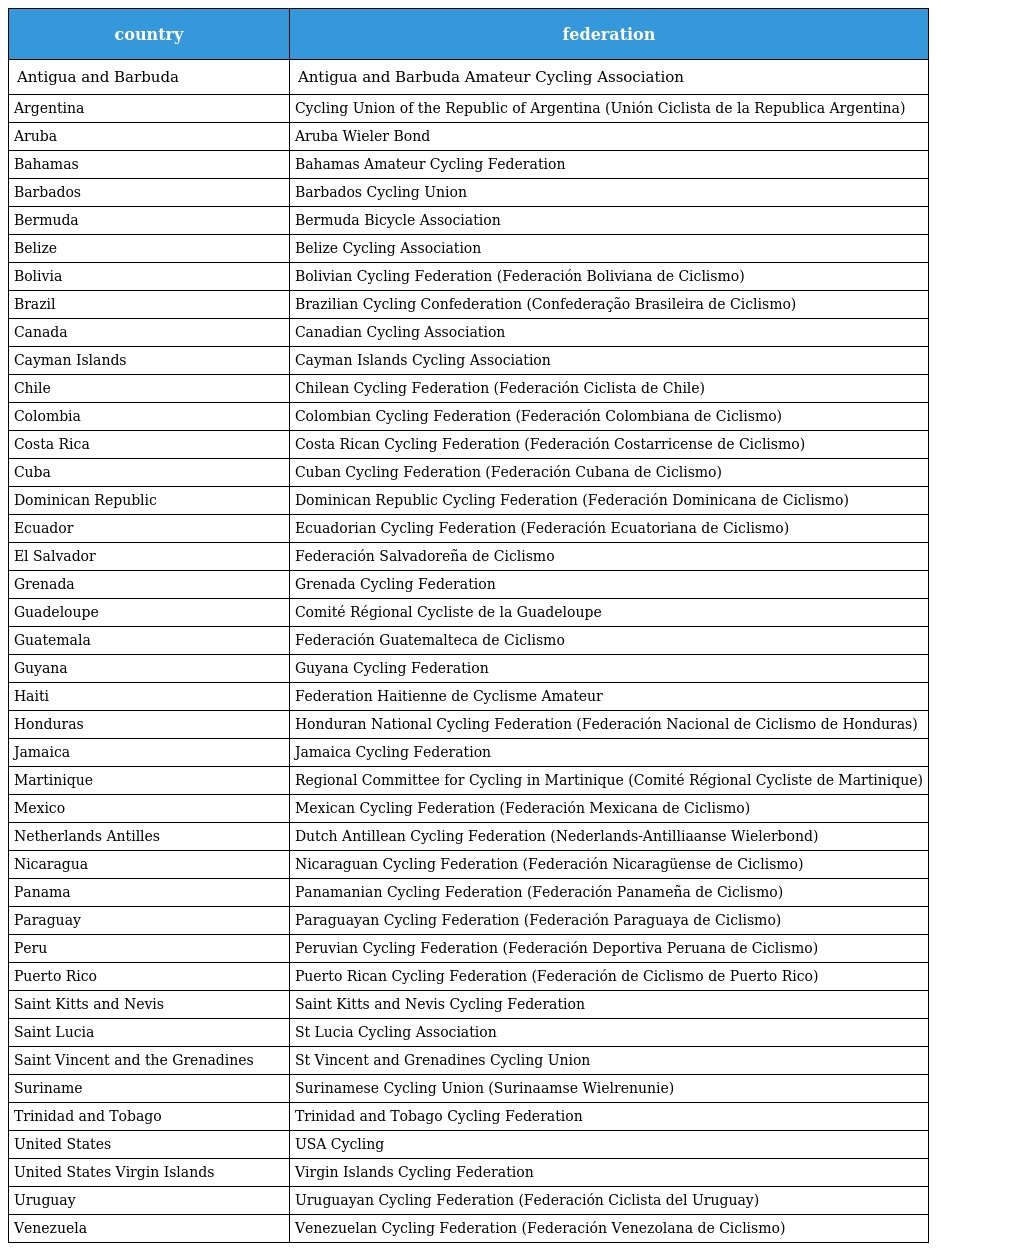
| country | federation |
 | --- | --- |
 | Antigua and Barbuda | Antigua and Barbuda Amateur Cycling Association |
 | Argentina | Cycling Union of the Republic of Argentina (Unión Ciclista de la Republica Argentina) |
 | Aruba | Aruba Wieler Bond |
 | Bahamas | Bahamas Amateur Cycling Federation |
 | Barbados | Barbados Cycling Union |
 | Bermuda | Bermuda Bicycle Association |
 | Belize | Belize Cycling Association |
 | Bolivia | Bolivian Cycling Federation (Federación Boliviana de Ciclismo) |
 | Brazil | Brazilian Cycling Confederation (Confederação Brasileira de Ciclismo) |
 | Canada | Canadian Cycling Association |
 | Cayman Islands | Cayman Islands Cycling Association |
 | Chile | Chilean Cycling Federation (Federación Ciclista de Chile) |
 | Colombia | Colombian Cycling Federation (Federación Colombiana de Ciclismo) |
 | Costa Rica | Costa Rican Cycling Federation (Federación Costarricense de Ciclismo) |
 | Cuba | Cuban Cycling Federation (Federación Cubana de Ciclismo) |
 | Dominican Republic | Dominican Republic Cycling Federation (Federación Dominicana de Ciclismo) |
 | Ecuador | Ecuadorian Cycling Federation (Federación Ecuatoriana de Ciclismo) |
 | El Salvador | Federación Salvadoreña de Ciclismo |
 | Grenada | Grenada Cycling Federation |
 | Guadeloupe | Comité Régional Cycliste de la Guadeloupe |
 | Guatemala | Federación Guatemalteca de Ciclismo |
 | Guyana | Guyana Cycling Federation |
 | Haiti | Federation Haitienne de Cyclisme Amateur |
 | Honduras | Honduran National Cycling Federation (Federación Nacional de Ciclismo de Honduras) |
 | Jamaica | Jamaica Cycling Federation |
 | Martinique | Regional Committee for Cycling in Martinique (Comité Régional Cycliste de Martinique) |
 | Mexico | Mexican Cycling Federation (Federación Mexicana de Ciclismo) |
 | Netherlands Antilles | Dutch Antillean Cycling Federation (Nederlands-Antilliaanse Wielerbond) |
 | Nicaragua | Nicaraguan Cycling Federation (Federación Nicaragüense de Ciclismo) |
 | Panama | Panamanian Cycling Federation (Federación Panameña de Ciclismo) |
 | Paraguay | Paraguayan Cycling Federation (Federación Paraguaya de Ciclismo) |
 | Peru | Peruvian Cycling Federation (Federación Deportiva Peruana de Ciclismo) |
 | Puerto Rico | Puerto Rican Cycling Federation (Federación de Ciclismo de Puerto Rico) |
 | Saint Kitts and Nevis | Saint Kitts and Nevis Cycling Federation |
 | Saint Lucia | St Lucia Cycling Association |
 | Saint Vincent and the Grenadines | St Vincent and Grenadines Cycling Union |
 | Suriname | Surinamese Cycling Union (Surinaamse Wielrenunie) |
 | Trinidad and Tobago | Trinidad and Tobago Cycling Federation |
 | United States | USA Cycling |
 | United States Virgin Islands | Virgin Islands Cycling Federation |
 | Uruguay | Uruguayan Cycling Federation (Federación Ciclista del Uruguay) |
 | Venezuela | Venezuelan Cycling Federation (Federación Venezolana de Ciclismo) |